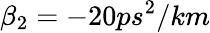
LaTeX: \beta_{2}=-20ps^{2}/km